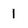
Character: 1